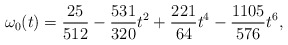
\begin{align*}\omega_{0}(t)={25\over 512}-{531\over 320}t^{2}+{221 \over 64}t^{4}-{1105 \over 576}t^{6},\end{align*}